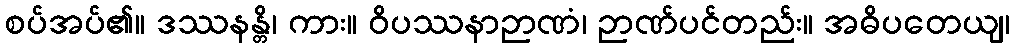
စပ်အပ်၏။ ဒဿနန္တိ၊ ကား။ ဝိပဿနာဉာဏံ၊ ဉာဏ်ပင်တည်း။ အဓိပတေယျ၊